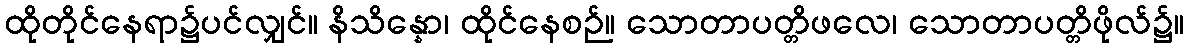
ထိုတိုင်နေရာ၌ပင်လျှင်။ နိသိန္နော၊ ထိုင်နေစဉ်။ သောတာပတ္တိဖလေ၊ သောတာပတ္တိဖိုလ်၌။